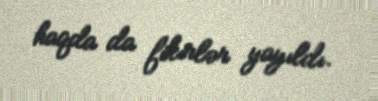
haqda da fikirlər yayıldı.